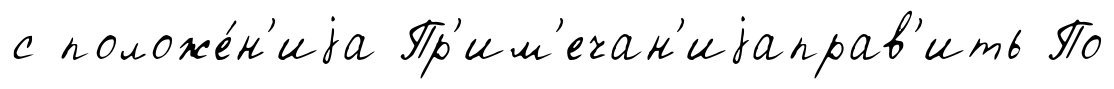
с положе́н'иjа Пр'им'ечан'иjаправ'ить По